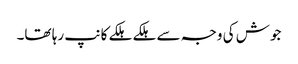
جوش کی وجہ سے ہلکے ہلکے کانپ رہا تھا۔